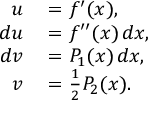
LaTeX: \begin{array} { r l } { u } & { { } = f ^ { \prime } ( x ) , } \\ { d u } & { { } = f ^ { \prime \prime } ( x ) \, d x , } \\ { d v } & { { } = P _ { 1 } ( x ) \, d x , } \\ { v } & { { } = { \frac { 1 } { 2 } } P _ { 2 } ( x ) . } \end{array}